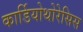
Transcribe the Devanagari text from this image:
कार्डियोथोरेसिस